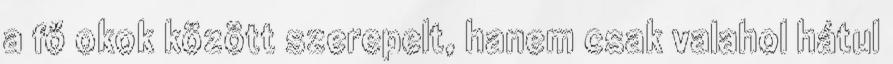
a fő okok között szerepelt, hanem csak valahol hátul